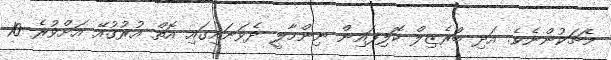
މެޗަކުންނެވެ. އަދި ބްރެޒިލް ކޮލިފައިން ނިންމާލީ ދެވަނައިގައި އޮތް އުރުގުއޭ އަށްވުރެ 10